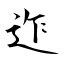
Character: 迮